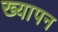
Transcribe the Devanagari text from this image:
ख्यापन